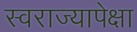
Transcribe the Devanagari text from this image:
स्वराज्यापेक्षा